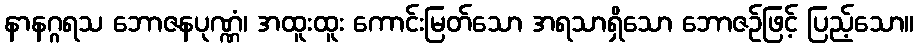
နာနဂ္ဂရသ ဘောဇနပုဏ္ဏံ၊ အထူးထူး ကောင်းမြတ်သော အရသာရှိသော ဘောဇဉ်ဖြင့် ပြည့်သော။